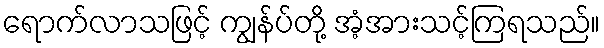
ရောက်လာသဖြင့် ကျွန်ပ်တို့ အံ့အားသင့်ကြရသည်။